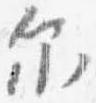
示